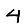
Digit: 4